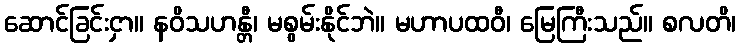
ဆောင်ခြင်းငှာ။ နဝိသဟန္တီ၊ မစွမ်းနိုင်ဘဲ။ မဟာပထဝီ၊ မြေကြီးသည်။ စလတိ၊